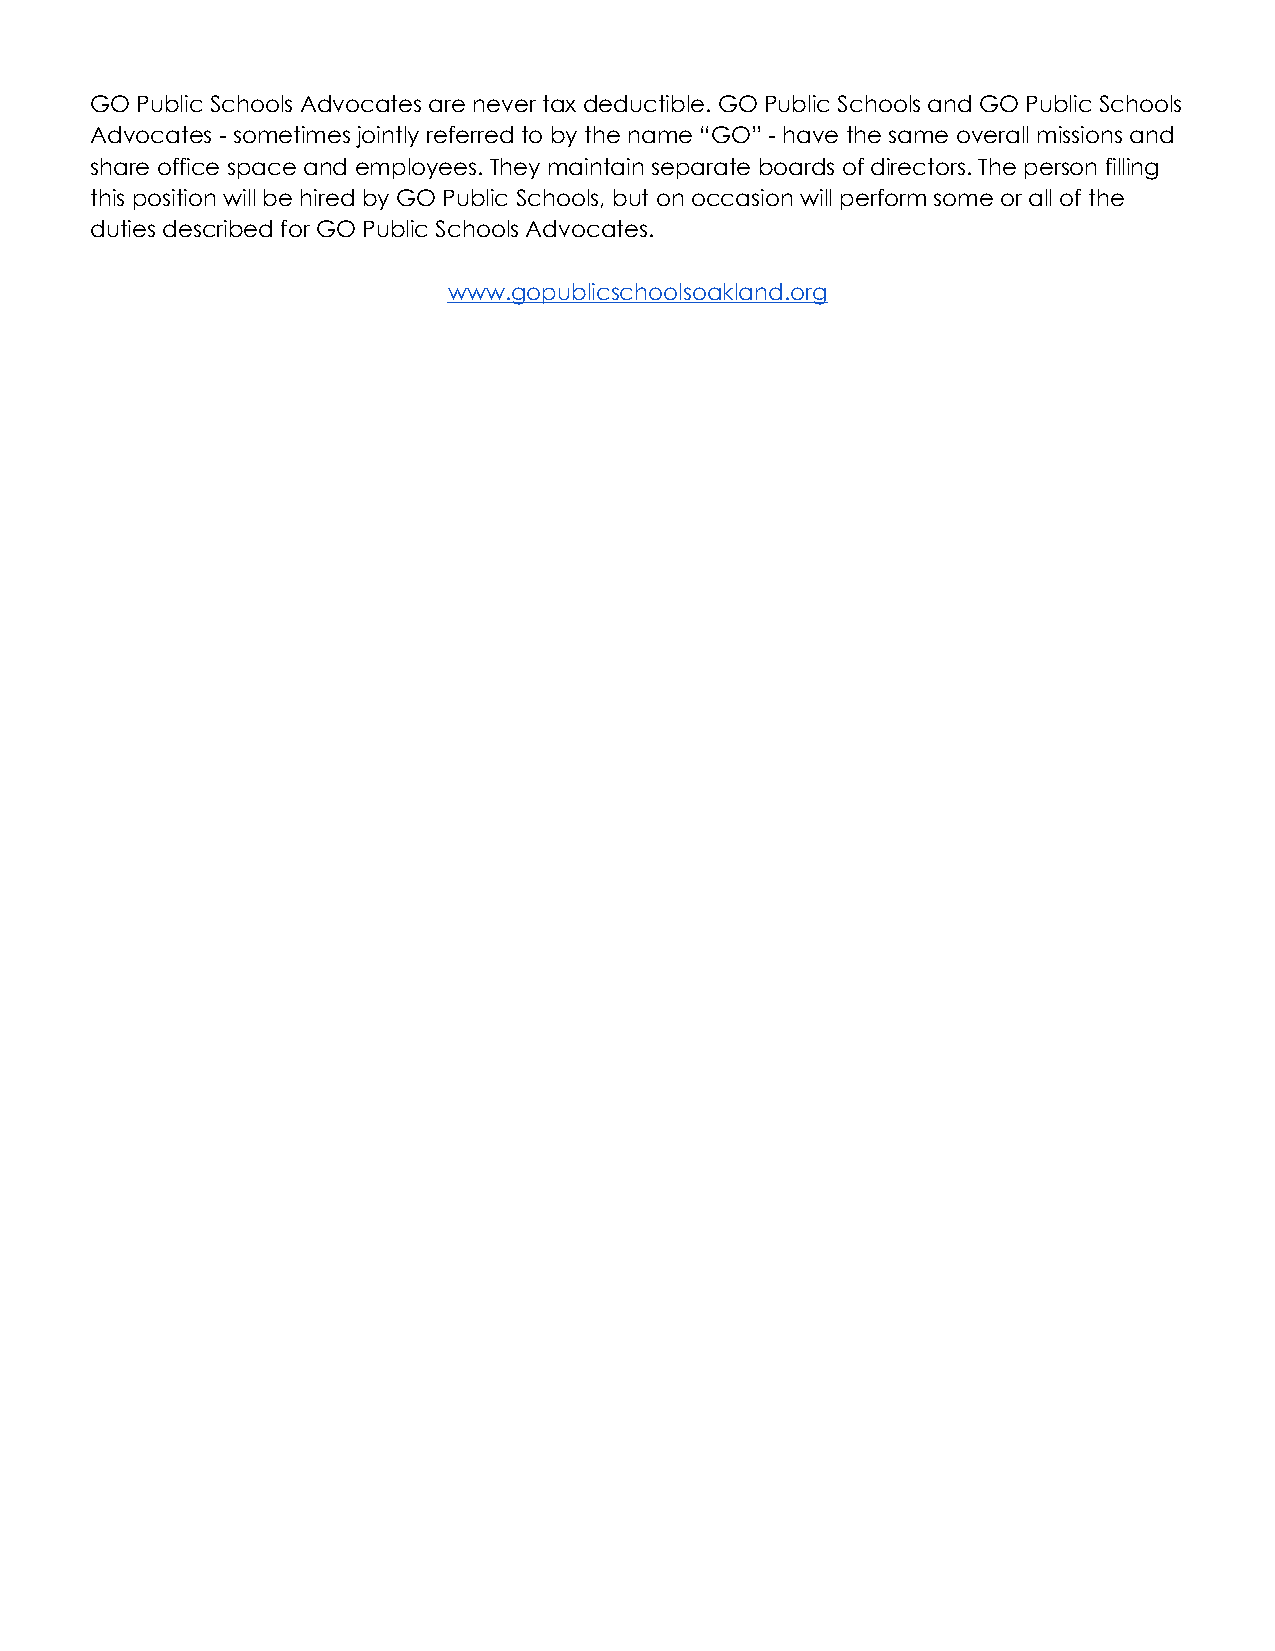
GO Public Schools Advocates are never tax deductible. GO Public Schools and GO Public Schools
 Advocates - sometimes jointly referred to by the name “GO” - have the same overall missions and
 share office space and employees. They maintain separate boards of directors. The person filling
 this position will be hired by GO Public Schools, but on occasion will perform some or all of the
 duties described for GO Public Schools Advocates.
 www.gopublicschoolsoakland.org